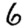
Digit: 6